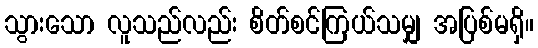
သွားသော လူသည်လည်း စိတ်စင်ကြယ်သမျှ အပြစ်မရှိ။